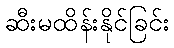
ဆီးမထိန်းနိုင်ခြင်း